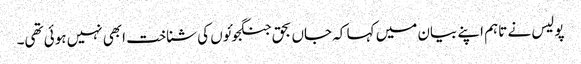
پولیس نے تاہم اپنے بیان میں کہا کہ جاں بحق جنگجوئوں کی شناخت ابھی نہیں ہوئی تھی۔